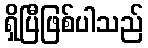
ရှိပြီဖြစ်ပါသည်